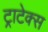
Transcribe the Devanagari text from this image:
ट्राटेक्स